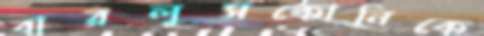
বারলুসকোনিকে